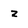
Character: z